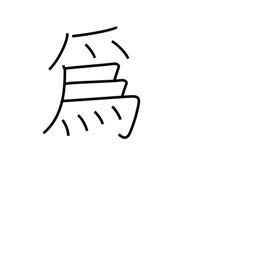
Meaning: be of use